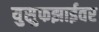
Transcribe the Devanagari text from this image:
युसुफझाईवर